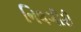
નિલગીરી